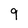
Character: 9